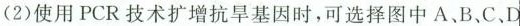
(2)使用PCR技术扩增抗旱基因时，可选择图中A、B、C、D